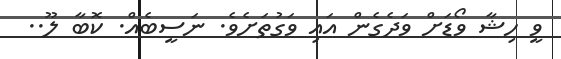
ވީ ހިޝާ ވޯޑަށް ވަދެގެން އައި ވަގުތަށެވެ. ނަސީބެއް. ކޮބާ ލޫ..